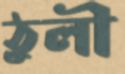
ঠুলী